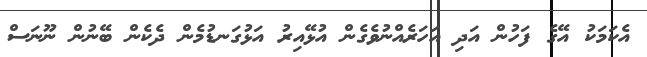
އެކަމަކު އޭގެ ފަހުން އަދި އަހަރެއްނުވެގެން އުޅޭއިރު އަޅުގަނޑުމެން ދެކެން ބޭނުން ނޫނަސް